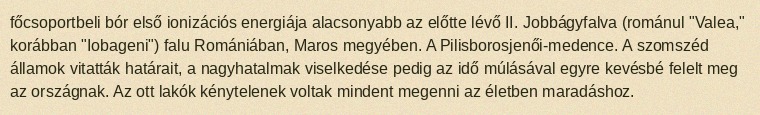
főcsoportbeli bór első ionizációs energiája alacsonyabb az előtte lévő II. Jobbágyfalva (románul "Valea," korábban "Iobageni") falu Romániában, Maros megyében. A Pilisborosjenői-medence. A szomszéd államok vitatták határait, a nagyhatalmak viselkedése pedig az idő múlásával egyre kevésbé felelt meg az országnak. Az ott lakók kénytelenek voltak mindent megenni az életben maradáshoz.